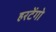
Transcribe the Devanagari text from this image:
हरटेंगो